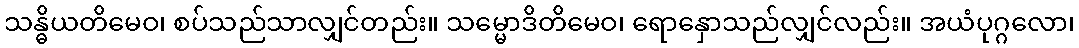
သန္ဓိယတိမေဝ၊ စပ်သည်သာလျှင်တည်း။ သမ္မောဒိတိမေဝ၊ ရောနှောသည်လျှင်လည်း။ အယံပုဂ္ဂလော၊